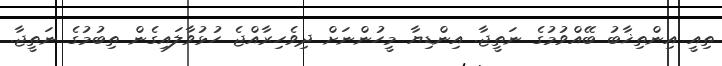
ތިއީ އިންތިޚާބު ބޭއްވުމުގެ ނަތީޖާ. އިންޑިޔާ މީހުންނަށް ދިވެހިރާއްޖެ ހުޅުވާލައިގެން ތިބުމުގެ ނަތީޖާ.